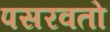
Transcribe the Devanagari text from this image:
पसरवतो